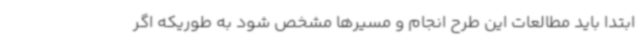
ابتدا باید مطالعات این طرح انجام و مسیرها مشخص شود به طوریکه اگر